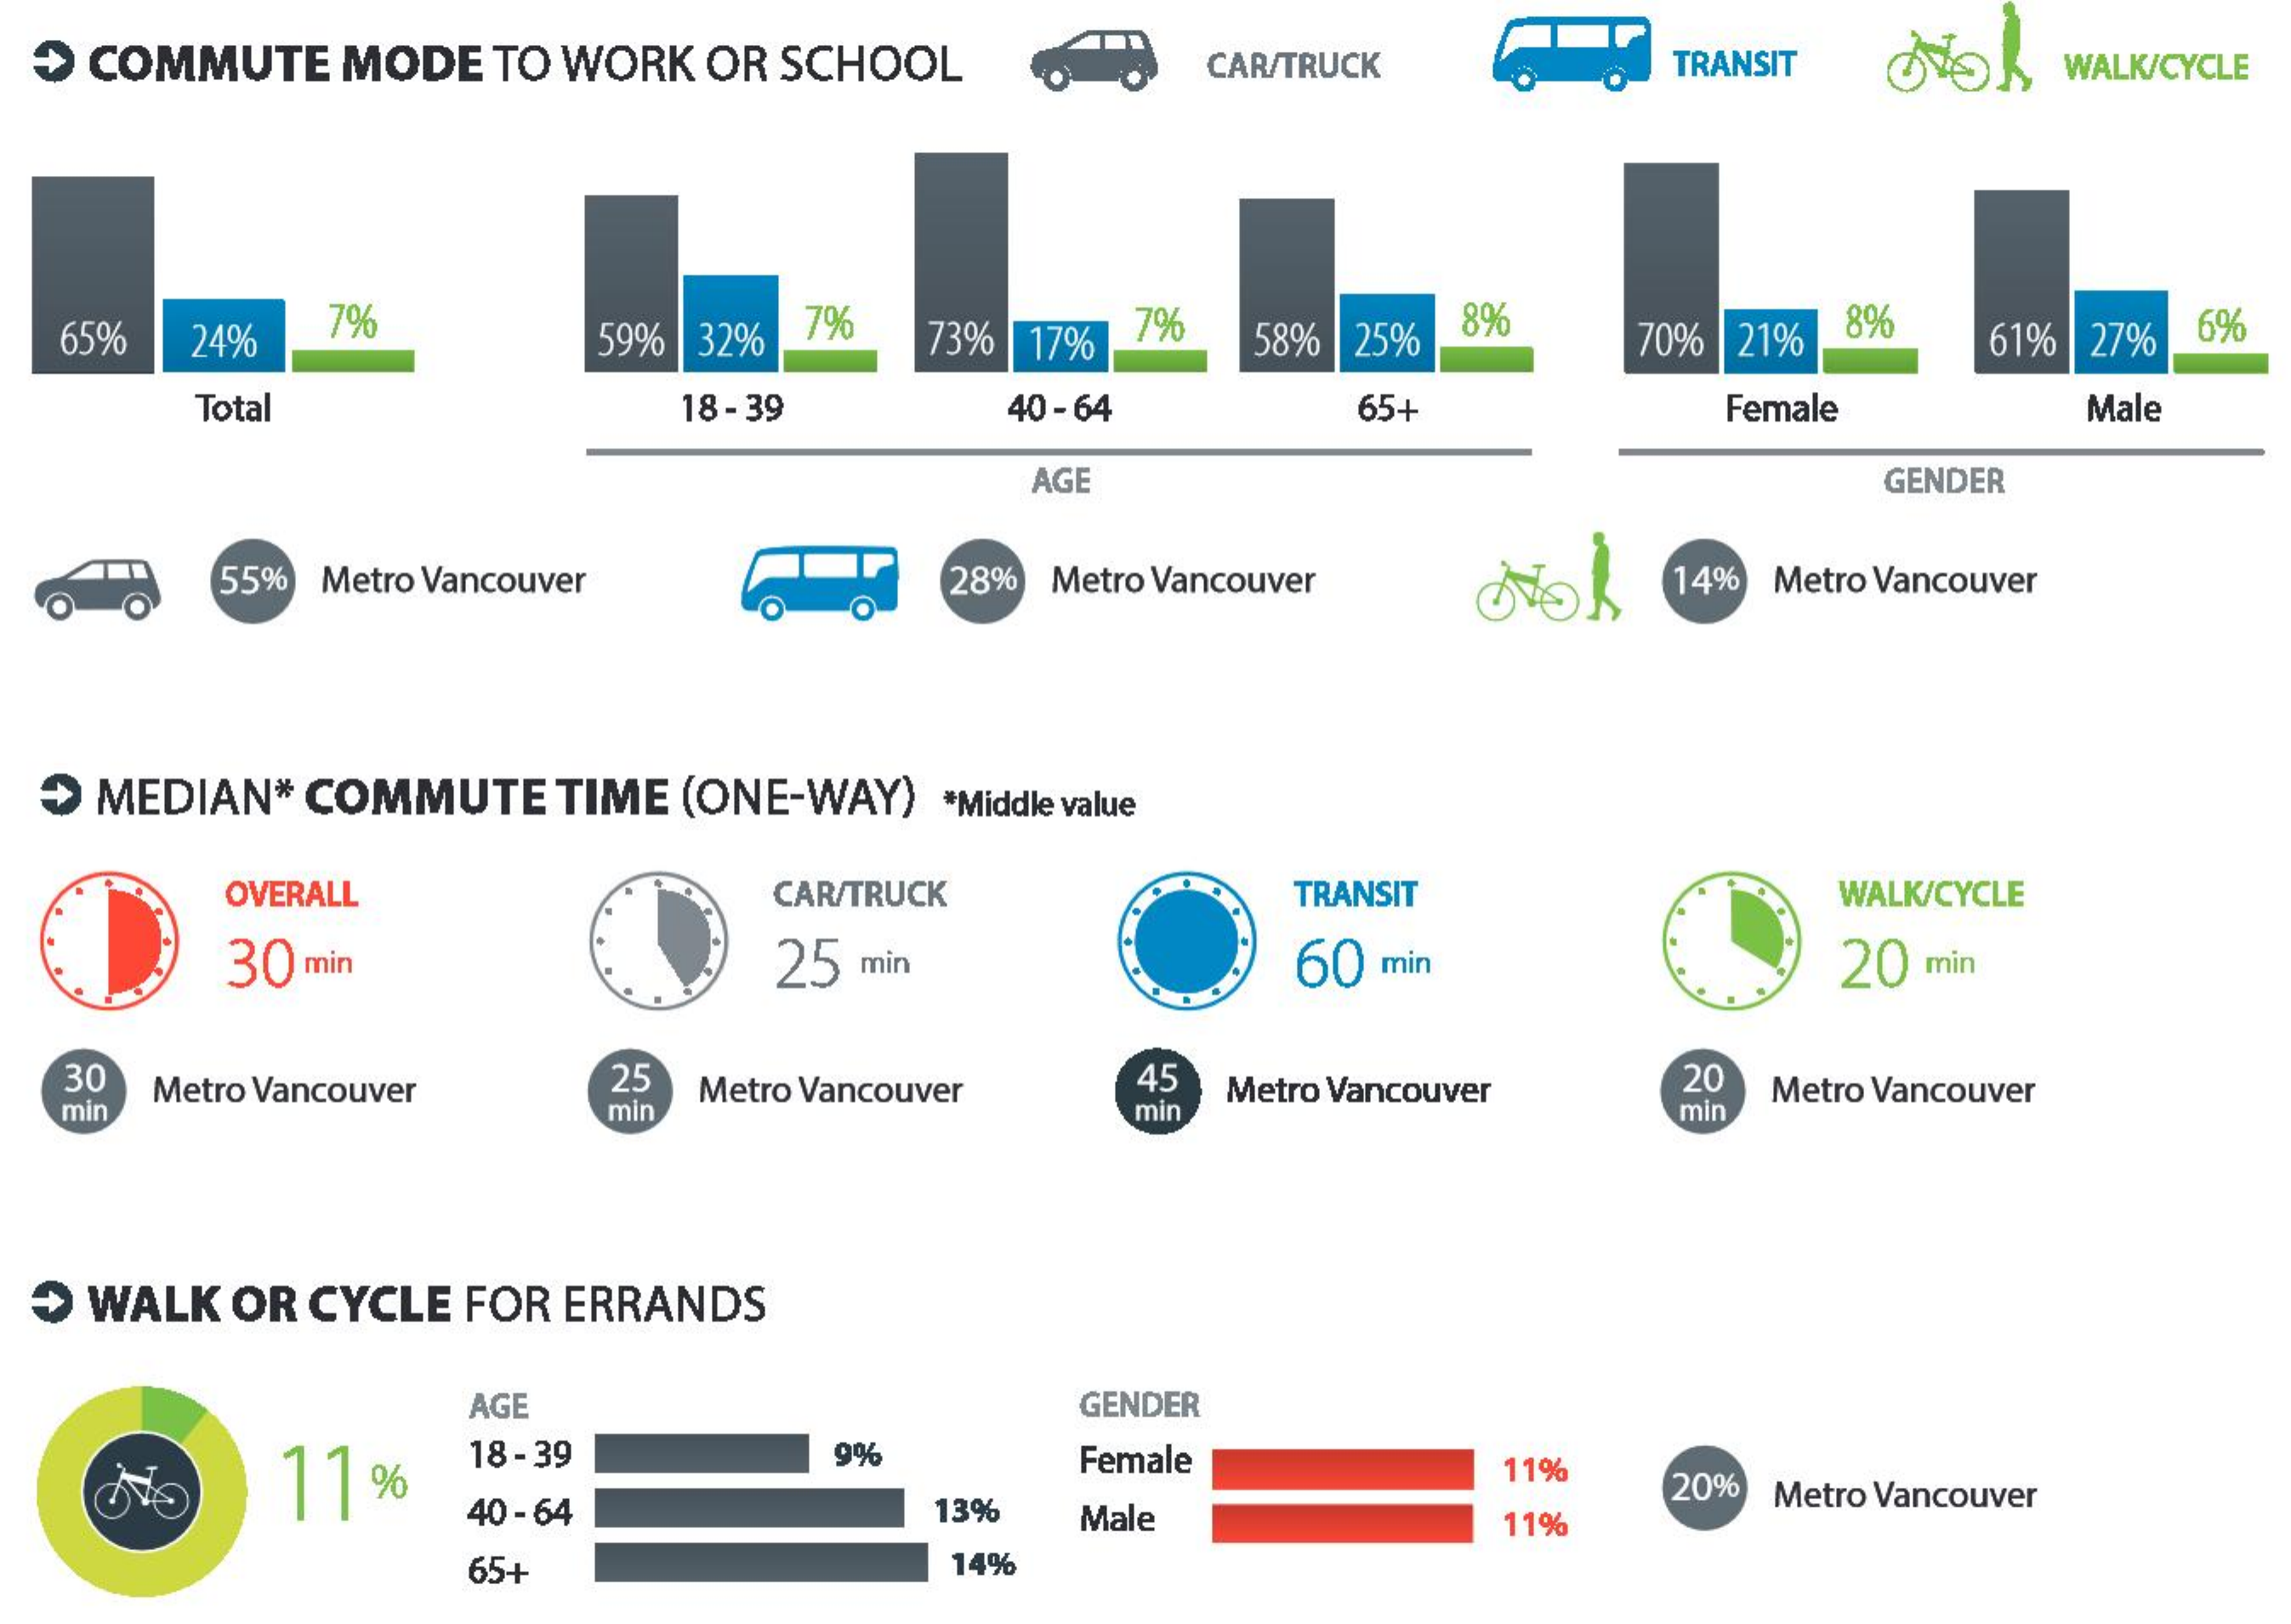
> COMMUTE MODE TO WORK OR SCHOOL CAR/TRUCK TRANSIT WALK/CYCLE
  65% 24% 7%  59% 32% 7% 73% 17%
     7% 58% 25% 8%
     70% 21% 8% 61% 27% 6%
     Total    18-39   40-64   65+    Female  Male
     AGE    GENDER
     55% Metro Vancouver 28% Metro Vancouver 14% Metro Vancouver
  > MEDIAN* COMMUTE TIME (ONE-WAY) *Middle value
     OVERALL    CAR/TRUCK    TRANSIT    WALK/CYCLE
     30 min    25 min    60 min    20 min
  30 Metro Vancouver 25 Metro Vancouver 45
  min    mir    min
     Metro Vancouver 20 Metro Vancouver
     min
  > WALK OR CYCLE FOR ERRANDS
     AGE    GENDER
     17 %
     18-39    9%    Female    11%
     40 - 64    13%
     20%
     Male
     Metro Vancouver
     11%
     65+    14%